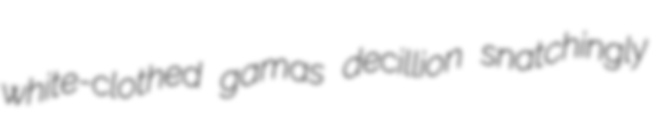
white-clothed gamas decillion snatchingly